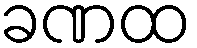
ခဏထ